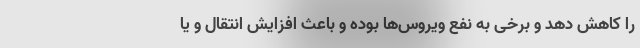
را کاهش دهد و برخی به نفع ویروس‌ها بوده و باعث افزایش انتقال و یا